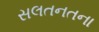
સલતનતના